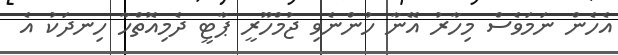
އެހެން ނަމަވެސް މިހާރު އޭނާ ހުންނެވި ޖުމްހޫރީ ޕާޓީ ދެމިއޮތްހާ ހިނދަކު އެ